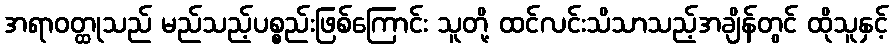
အရာဝတ္ထုသည် မည်သည့်ပစ္စည်းဖြစ်ကြောင်း သူတို့ ထင်လင်းသိသာသည့်အချိန်တွင် ထိုသူနှင့်